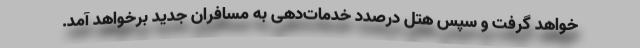
خواهد گرفت و سپس هتل درصدد خدمات‌دهی به مسافران جدید برخواهد آمد.